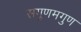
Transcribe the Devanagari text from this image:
सगुणमगुण